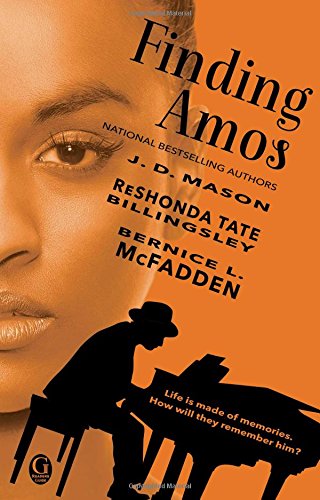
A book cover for Finding Amos; J.D. Mason; Literature & Fiction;